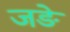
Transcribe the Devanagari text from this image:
जङे